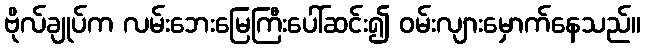
ဗိုလ်ချုပ်က လမ်းဘေးမြေကြီးပေါ်ဆင်း၍ ဝမ်းလျားမှောက်နေသည်။